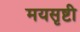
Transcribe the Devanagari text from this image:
मयसृष्टी